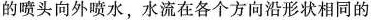
的喷头向外喷水，水流在各个方向沿形状相同的